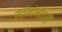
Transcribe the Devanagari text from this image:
स्तंभांभोवती